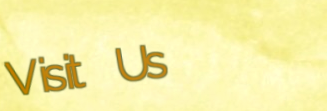
Visit Us